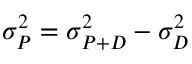
\sigma _ { P } ^ { 2 } = \sigma _ { P + D } ^ { 2 } - \sigma _ { D } ^ { 2 }